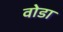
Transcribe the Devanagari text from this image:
वोडा